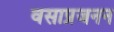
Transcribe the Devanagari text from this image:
वसाप्रजनन